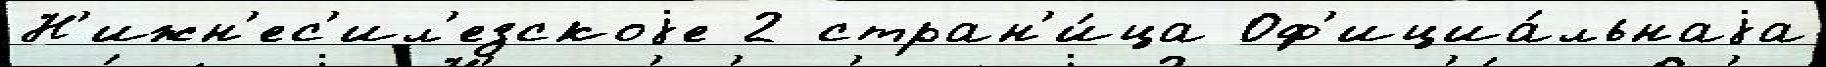
Н'ижн'ес'ил'езскоjе 2 стран'и́ца Оф'ициа́льнаjа